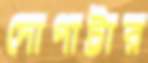
দোপাট্টার